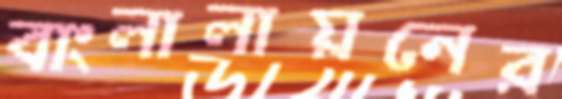
বাংলালায়নের